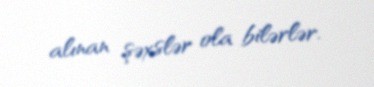
alınan şəxslər ola bilərlər.